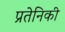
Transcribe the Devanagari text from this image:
प्रतेनिकी